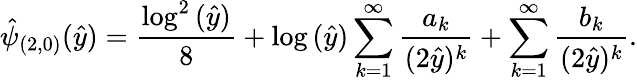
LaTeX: \hat{\psi}_{(2,0)}(\hat{y})=\frac{\log^{2}{(\hat{y})}}{8}+\log{(\hat{y})}\sum_{k=1}^{\infty}\frac{a_{k}}{(2\hat{y})^{k}}+\sum_{k=1}^{\infty}\frac{b_{k}}{(2\hat{y})^{k}}.